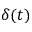
\delta ( t )